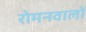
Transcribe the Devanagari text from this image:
रोमनवालों